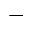
^ -